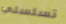
تسلسلي